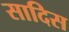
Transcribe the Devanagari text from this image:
सादिस